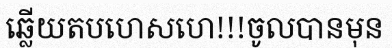
ឆ្លើយតបហេសហេ!!!ចូលបានមុន